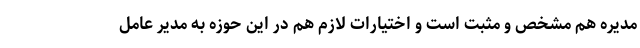
مدیره هم مشخص و مثبت است و اختیارات لازم هم در این حوزه به مدیر عامل